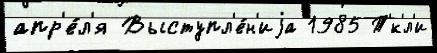
апр'е́л'я Выступл'е́н'иjа 1985 Т'́к'л'и